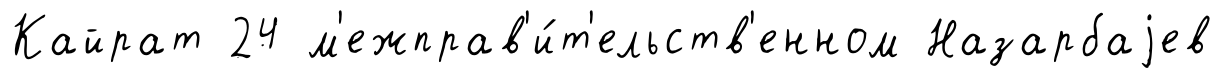
Кайрат 24 м'ежправ'и́т'ельств'енном Назарбаjев